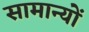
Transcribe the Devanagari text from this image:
सामान्यों